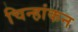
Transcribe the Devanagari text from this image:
चिन्हांकन